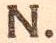
N.